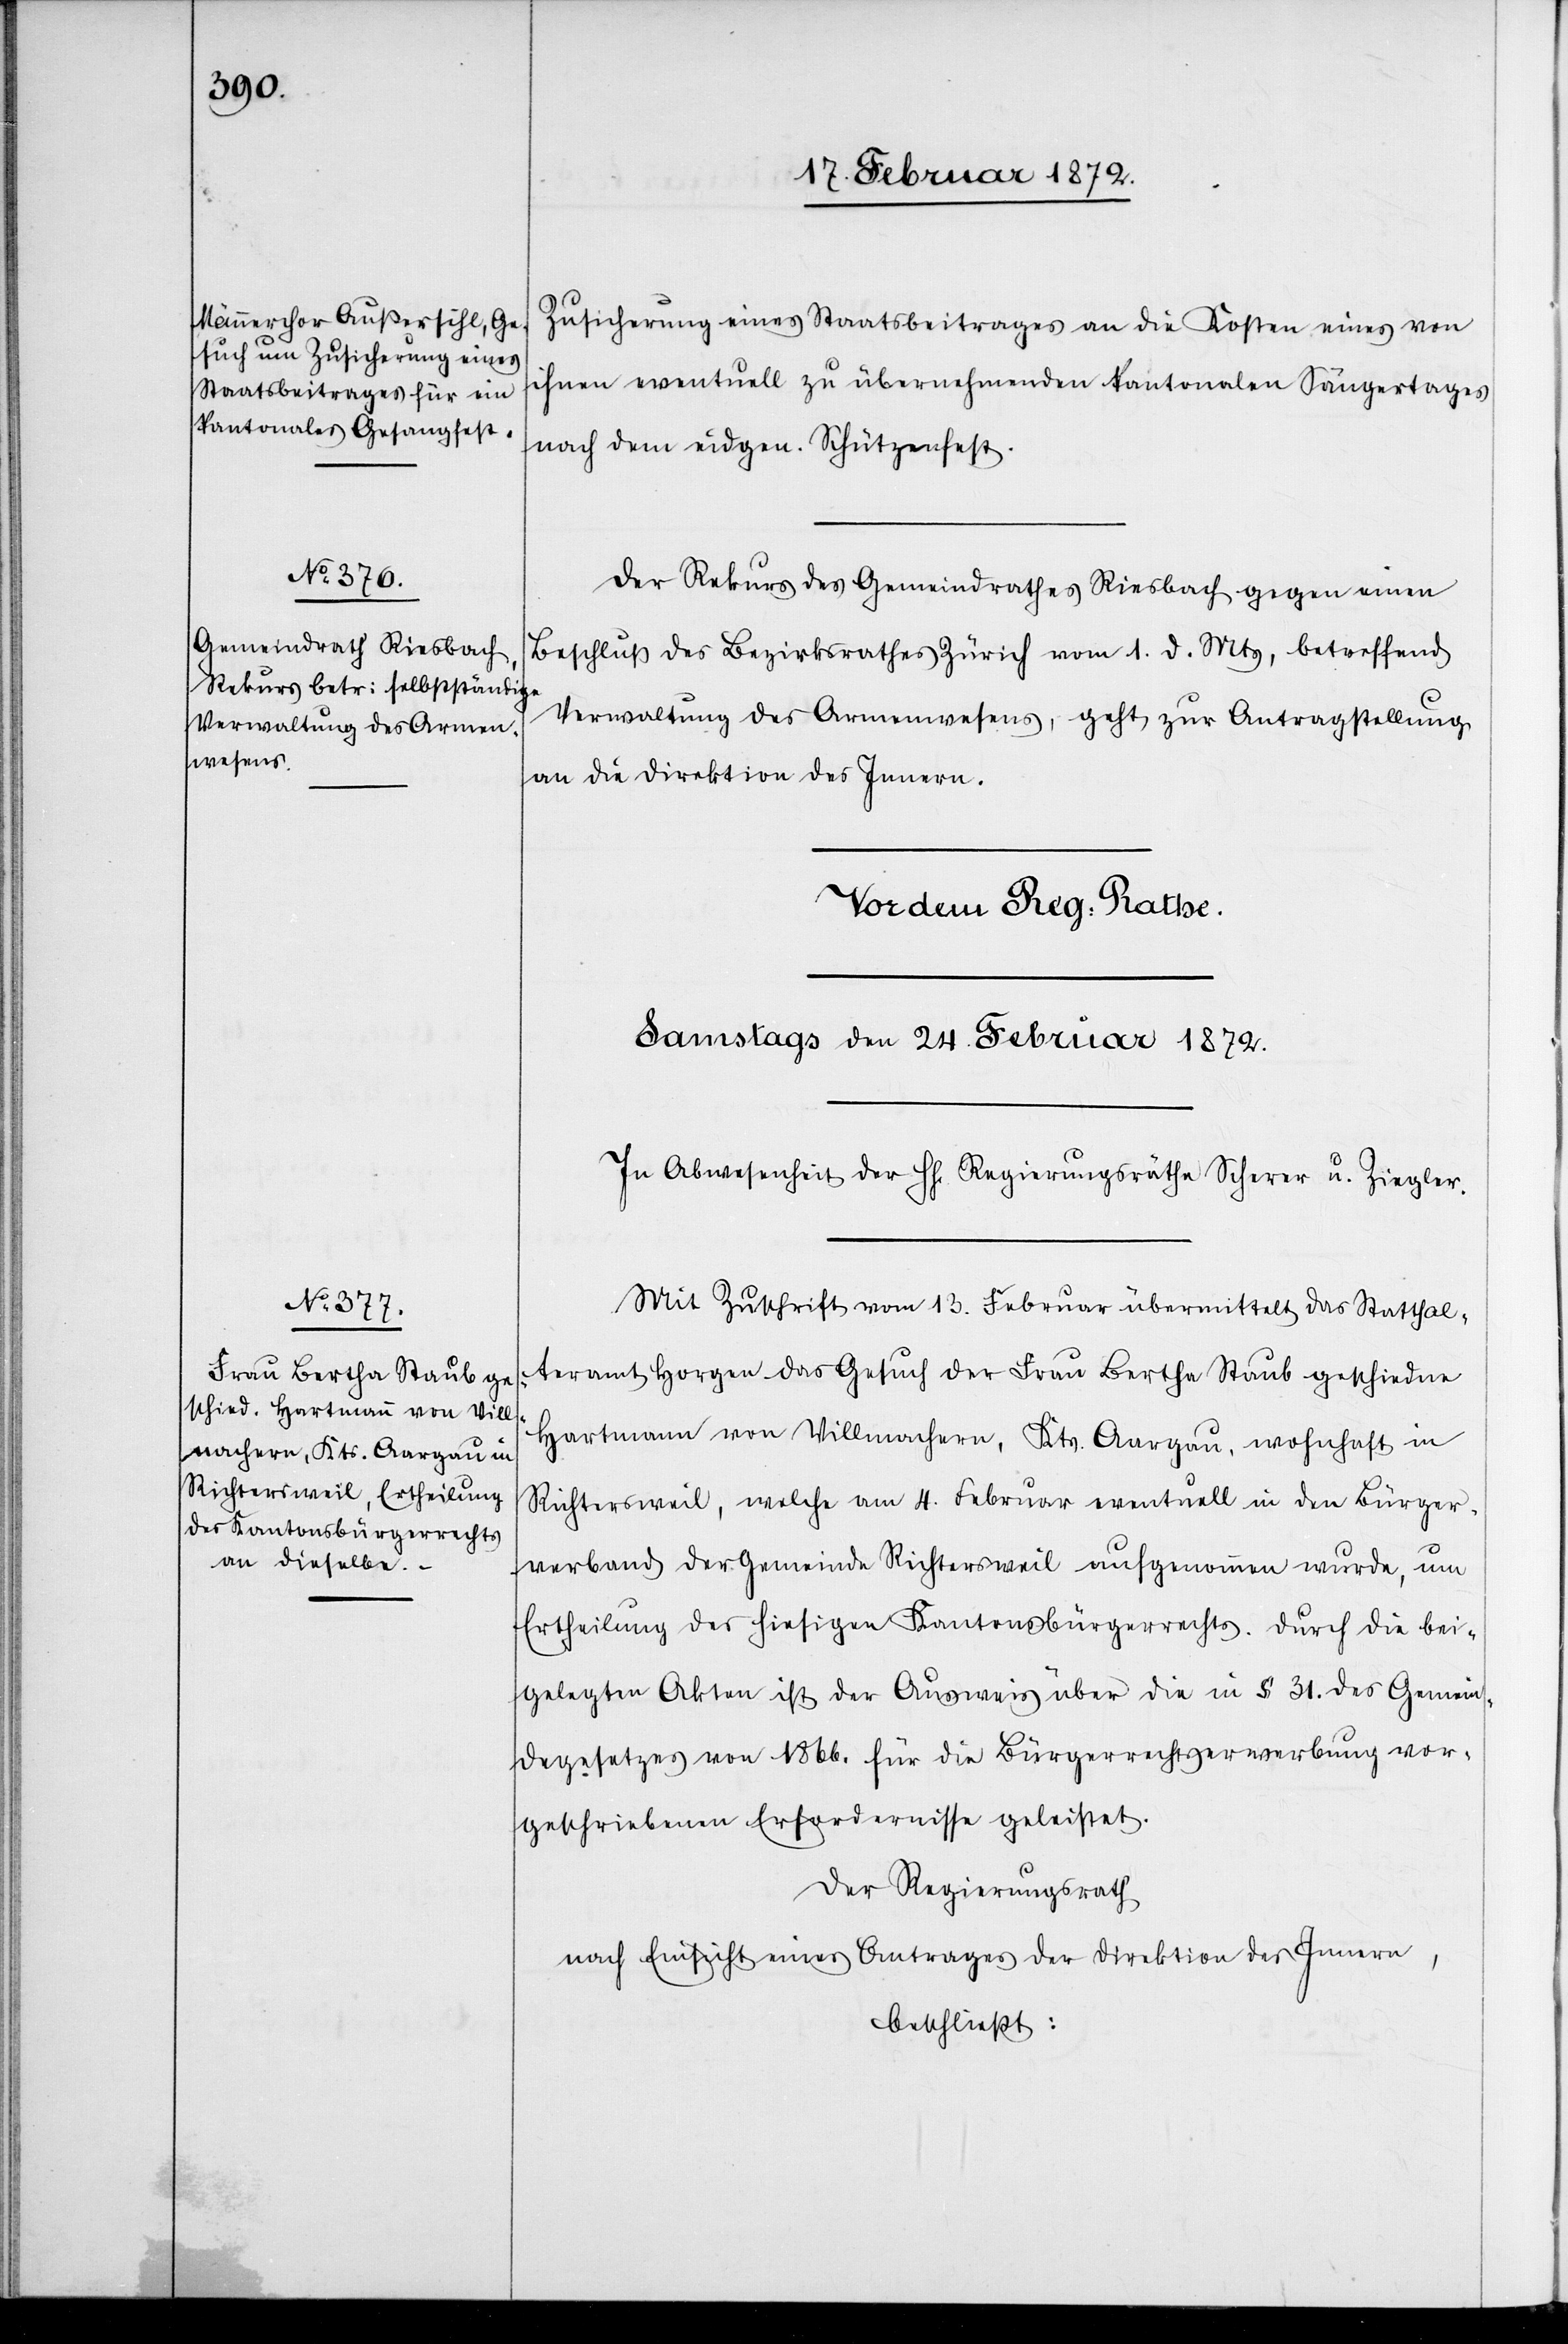
Zusicherung eines Staatsbeitrages an die Kosten eines von
ihnen eventuell zu übernehmenden kantonalen Sängertages
nach dem eidgen. Schützenfest.
Der Rekurs des Gemeindrathes Riesbach gegen einen
Beschluß des Bezirksrathes Zürich vom 1. d. Mts, betreffend
Verwaltung des Armenwesens, geht zur Antragstellung
an die Direktion des Innern.
Mit Zuschrift vom 13. Februar übermittelt das Statthal¬
teramt Horgen das Gesuch der Frau Bertha Staub geschiedene
Hartmann von Villmachern [sic!], Kts. Aargau, wohnhaft in
Richtersweil, welche am 4. Februar eventuell in den Bürger¬
verband der Gemeinde Richtersweil aufgenommen wurde, um
Ertheilung des hiesigen Kantonsbürgerrechts. Durch die bei¬
gelegten Akten ist der Ausweis über die in § 31. des Gemein¬
dgesetzes von 1866. für die Bürgerrechtserwerbung vor¬
geschriebenen Erfordernisse geleistet.
Der Regierungsrath
nach Einsicht eines Antrages der Direktion des Innern,
beschließt: